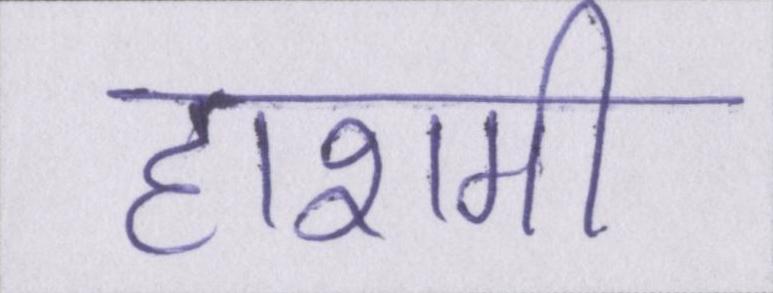
हाशमी